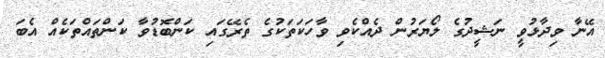
އޭނާ ވިދާޅުވީ ނަޝީދުގެ ލޯޔަރުން ދެއްކެވި ވާހަކަތަކުގެ ތެރޭގައި ކަންބޮޑުވާ ކަންތައްތަކެއް އެބަ